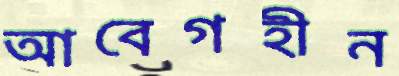
আবেগহীন